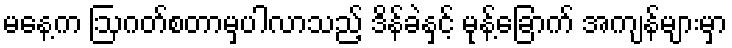
မနေ့က ဩဂတ်စတာမှပါလာသည့် ဒိန်ခဲနှင့် မုန့်ခြောက် အကျန်များမှာ